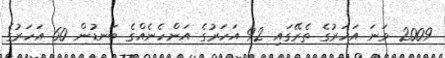
2009 ވަނަ އަހަރުގެ ތެރޭގައި 92 އަހަރުގެ އަންހެނެއްގެ ބަނޑުން 60 އަހަރުގެ